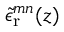
{ \tilde { \epsilon } _ { \mathrm { r } } } ^ { m n } ( z )